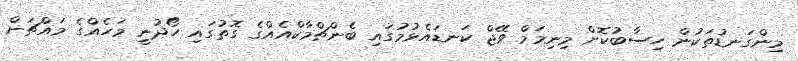
މިންގަނޑުތަކުން ހިސާބުކޮށް މިނިމަމް ވޭޖް ކަނޑައެޅުމުގައި ބެންޗްމާކްއެއްގެ ގޮތުގައި ހޯދުނީ މަހެއްގެ މައްޗަށް